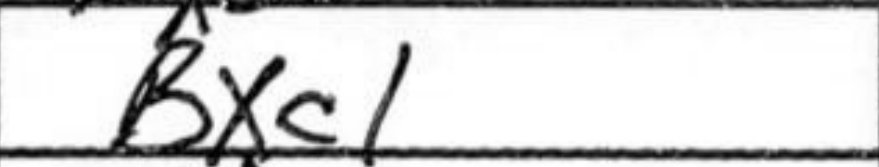
Transcription: Bxc1